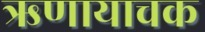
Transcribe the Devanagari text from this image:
ऋणायाचक